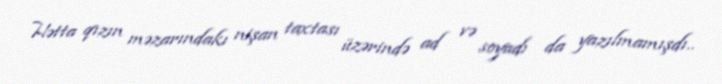
Hətta qızın məzarındakı nişan taxtası üzərində ad və soyadı da yazılmamışdı..